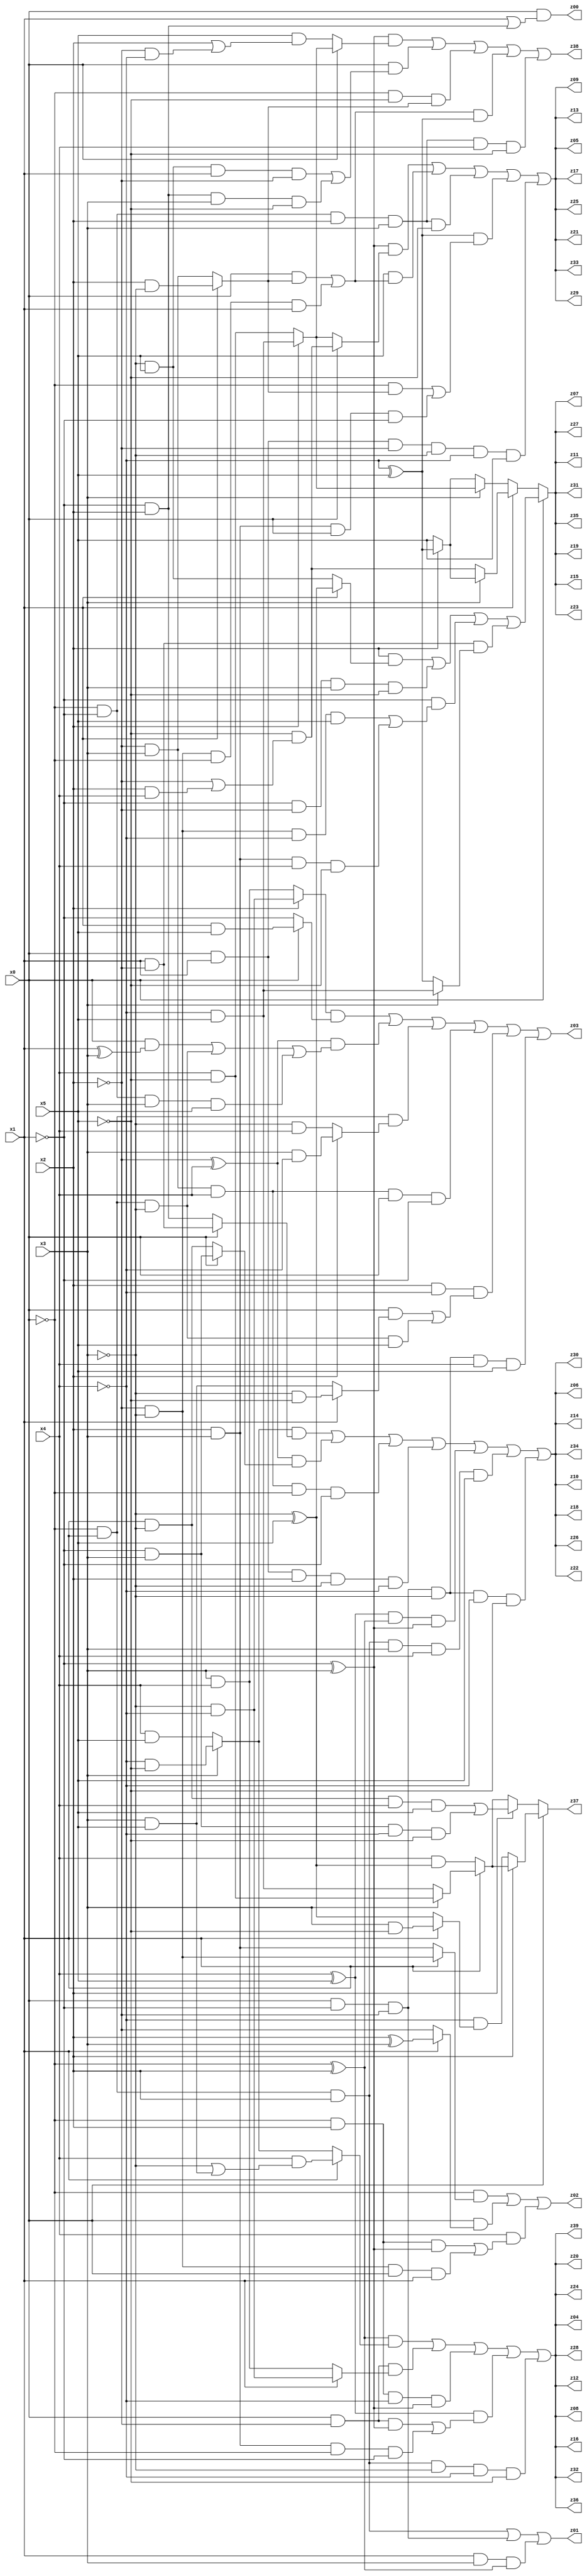
// Benchmark "q_6" written by ABC on Tue Jul 11 01:01:21 2023

module q_6 ( 
    x0, x1, x2, x3, x4, x5,
    z00, z01, z02, z03, z04, z05, z06, z07, z08, z09, z10, z11, z12, z13,
    z14, z15, z16, z17, z18, z19, z20, z21, z22, z23, z24, z25, z26, z27,
    z28, z29, z30, z31, z32, z33, z34, z35, z36, z37, z38, z39  );
  input  x0, x1, x2, x3, x4, x5;
  output z00, z01, z02, z03, z04, z05, z06, z07, z08, z09, z10, z11, z12, z13,
    z14, z15, z16, z17, z18, z19, z20, z21, z22, z23, z24, z25, z26, z27,
    z28, z29, z30, z31, z32, z33, z34, z35, z36, z37, z38, z39;
  assign z00 = x0 & (x1 | (~x1 & x2));
  assign z01 = (~x0 & x1 & x2) | (x0 & ~x1 & ~x2) | (x1 & x3 & (~x0 ^ x2));
  assign z02 = (~x0 & (x1 ? (~x2 & ~x3) : (x2 & x3))) | (x0 & (x1 ? (x2 ^ x3) : ~x2)) | (x4 & ((~x0 & x2 & (~x1 ^ x3)) | (~x2 & ~x3 & x0 & x1)));
  assign z03 = ((x2 ? (~x3 & ~x4) : (x3 & x4)) & (x0 ? (x1 & x5) : ~x1)) | ((~x2 ^ x4) & ((x0 & (x1 ^ x3)) | (~x0 & x1 & ~x3) | (~x0 & ~x1 & x3 & x5))) | (~x0 & x1 & (x2 ? (x3 & ~x4) : (~x3 & x4))) | (~x2 & x3 & x4 & x0 & ~x1) | (x2 & ~x4 & ((x0 & (x1 ? (~x3 & ~x5) : (x3 & x5))) | (~x0 & x1 & ~x3 & x5))) | (x0 & ~x1 & ~x2 & ~x3 & x4 & x5);
  assign z04 = ((~x0 ^ x2) & (x1 ? (x4 & (~x3 | (x3 & x5))) : (x3 ? (~x4 & ~x5) : (x4 & x5)))) | (x0 & ~x2 & (x1 ? (~x3 & ~x4) : (x3 & x4))) | (~x0 & x2 & ~x4 & (~x1 ^ x3)) | ((x4 ^ x5) & ((x0 & ~x2 & (~x1 ^ x3)) | (x2 & x3 & ~x0 & ~x1))) | (~x0 & x1 & x2 & ~x3 & ~x4 & ~x5);
  assign z05 = ((~x1 ^ x3) & (x0 ? (~x5 & (~x2 | (x2 & x4))) : (x2 ? (~x4 & x5) : (x4 & ~x5)))) | (x5 & ((x0 & (x1 ? (x2 & ~x3) : (~x2 & x3))) | (~x2 & ~x3 & ~x0 & x1))) | (~x0 & ~x1 & x2 & x3 & ~x5) | ((~x4 ^ x5) & ((~x0 & (x1 ? (x2 & ~x3) : (~x2 & x3))) | (x2 & x3 & x0 & ~x1))) | (x0 & x1 & ~x2 & ~x3 & ~x4 & x5);
  assign z06 = ((x3 ? (~x4 & ~x5) : (x4 & x5)) & (x0 ? (x1 & ~x2) : (~x1 & x2))) | ((~x2 ^ x4) & (x0 ? (~x1 & x3) : (x1 & ~x3))) | (~x2 & x3 & x4 & ~x0 & ~x1) | (x0 & x1 & x2 & ~x3 & ~x4) | ((x4 ^ x5) & (~x0 ^ x2) & (~x1 ^ x3)) | (~x0 & x1 & x2 & x3 & x4 & x5) | (x0 & ~x1 & ~x2 & ~x3 & ~x4 & ~x5);
  assign z07 = x0 ? ((x2 & (x1 ? (~x3 ^ x5) : (~x3 & x5))) | (~x1 & ~x2 & x3 & ~x5) | (~x1 & ((~x2 & ~x3 & ~x4 & x5) | (x2 & x3 & x4 & ~x5))) | (x1 & ~x2 & (x3 ? (~x4 & x5) : (~x4 ^ x5)))) : (x1 ? (x3 ? (x2 ? (~x4 ^ x5) : x5) : (~x5 & (~x2 | (x2 & x4)))) : (x3 ? (x2 ? (~x4 & x5) : (x4 & ~x5)) : (x2 ? (~x4 ^ x5) : x5)));
  assign z08 = ((~x0 ^ x2) & (x1 ? (x4 & (~x3 | (x3 & x5))) : (x3 ? (~x4 & ~x5) : (x4 & x5)))) | (x0 & ~x2 & (x1 ? (~x3 & ~x4) : (x3 & x4))) | (~x0 & x2 & ~x4 & (~x1 ^ x3)) | ((x4 ^ x5) & ((x0 & ~x2 & (~x1 ^ x3)) | (x2 & x3 & ~x0 & ~x1))) | (~x0 & x1 & x2 & ~x3 & ~x4 & ~x5);
  assign z09 = ((~x1 ^ x3) & (x0 ? (~x5 & (~x2 | (x2 & x4))) : (x2 ? (~x4 & x5) : (x4 & ~x5)))) | (x5 & ((x0 & (x1 ? (x2 & ~x3) : (~x2 & x3))) | (~x2 & ~x3 & ~x0 & x1))) | (~x0 & ~x1 & x2 & x3 & ~x5) | ((~x4 ^ x5) & ((~x0 & (x1 ? (x2 & ~x3) : (~x2 & x3))) | (x2 & x3 & x0 & ~x1))) | (x0 & x1 & ~x2 & ~x3 & ~x4 & x5);
  assign z10 = ((x3 ? (~x4 & ~x5) : (x4 & x5)) & (x0 ? (x1 & ~x2) : (~x1 & x2))) | ((~x2 ^ x4) & (x0 ? (~x1 & x3) : (x1 & ~x3))) | (~x2 & x3 & x4 & ~x0 & ~x1) | (x0 & x1 & x2 & ~x3 & ~x4) | ((x4 ^ x5) & (~x0 ^ x2) & (~x1 ^ x3)) | (~x0 & x1 & x2 & x3 & x4 & x5) | (x0 & ~x1 & ~x2 & ~x3 & ~x4 & ~x5);
  assign z11 = x0 ? ((x2 & (x1 ? (~x3 ^ x5) : (~x3 & x5))) | (~x1 & ~x2 & x3 & ~x5) | (~x1 & ((~x2 & ~x3 & ~x4 & x5) | (x2 & x3 & x4 & ~x5))) | (x1 & ~x2 & (x3 ? (~x4 & x5) : (~x4 ^ x5)))) : (x1 ? (x3 ? (x2 ? (~x4 ^ x5) : x5) : (~x5 & (~x2 | (x2 & x4)))) : (x3 ? (x2 ? (~x4 & x5) : (x4 & ~x5)) : (x2 ? (~x4 ^ x5) : x5)));
  assign z12 = ((~x0 ^ x2) & (x1 ? (x4 & (~x3 | (x3 & x5))) : (x3 ? (~x4 & ~x5) : (x4 & x5)))) | (x0 & ~x2 & (x1 ? (~x3 & ~x4) : (x3 & x4))) | (~x0 & x2 & ~x4 & (~x1 ^ x3)) | ((x4 ^ x5) & ((x0 & ~x2 & (~x1 ^ x3)) | (x2 & x3 & ~x0 & ~x1))) | (~x0 & x1 & x2 & ~x3 & ~x4 & ~x5);
  assign z13 = ((~x1 ^ x3) & (x0 ? (~x5 & (~x2 | (x2 & x4))) : (x2 ? (~x4 & x5) : (x4 & ~x5)))) | (x5 & ((x0 & (x1 ? (x2 & ~x3) : (~x2 & x3))) | (~x2 & ~x3 & ~x0 & x1))) | (~x0 & ~x1 & x2 & x3 & ~x5) | ((~x4 ^ x5) & ((~x0 & (x1 ? (x2 & ~x3) : (~x2 & x3))) | (x2 & x3 & x0 & ~x1))) | (x0 & x1 & ~x2 & ~x3 & ~x4 & x5);
  assign z14 = ((x3 ? (~x4 & ~x5) : (x4 & x5)) & (x0 ? (x1 & ~x2) : (~x1 & x2))) | ((~x2 ^ x4) & (x0 ? (~x1 & x3) : (x1 & ~x3))) | (~x2 & x3 & x4 & ~x0 & ~x1) | (x0 & x1 & x2 & ~x3 & ~x4) | ((x4 ^ x5) & (~x0 ^ x2) & (~x1 ^ x3)) | (~x0 & x1 & x2 & x3 & x4 & x5) | (x0 & ~x1 & ~x2 & ~x3 & ~x4 & ~x5);
  assign z15 = x0 ? ((x2 & (x1 ? (~x3 ^ x5) : (~x3 & x5))) | (~x1 & ~x2 & x3 & ~x5) | (~x1 & ((~x2 & ~x3 & ~x4 & x5) | (x2 & x3 & x4 & ~x5))) | (x1 & ~x2 & (x3 ? (~x4 & x5) : (~x4 ^ x5)))) : (x1 ? (x3 ? (x2 ? (~x4 ^ x5) : x5) : (~x5 & (~x2 | (x2 & x4)))) : (x3 ? (x2 ? (~x4 & x5) : (x4 & ~x5)) : (x2 ? (~x4 ^ x5) : x5)));
  assign z16 = ((~x0 ^ x2) & (x1 ? (x4 & (~x3 | (x3 & x5))) : (x3 ? (~x4 & ~x5) : (x4 & x5)))) | (x0 & ~x2 & (x1 ? (~x3 & ~x4) : (x3 & x4))) | (~x0 & x2 & ~x4 & (~x1 ^ x3)) | ((x4 ^ x5) & ((x0 & ~x2 & (~x1 ^ x3)) | (x2 & x3 & ~x0 & ~x1))) | (~x0 & x1 & x2 & ~x3 & ~x4 & ~x5);
  assign z17 = ((~x1 ^ x3) & (x0 ? (~x5 & (~x2 | (x2 & x4))) : (x2 ? (~x4 & x5) : (x4 & ~x5)))) | (x5 & ((x0 & (x1 ? (x2 & ~x3) : (~x2 & x3))) | (~x2 & ~x3 & ~x0 & x1))) | (~x0 & ~x1 & x2 & x3 & ~x5) | ((~x4 ^ x5) & ((~x0 & (x1 ? (x2 & ~x3) : (~x2 & x3))) | (x2 & x3 & x0 & ~x1))) | (x0 & x1 & ~x2 & ~x3 & ~x4 & x5);
  assign z18 = ((x3 ? (~x4 & ~x5) : (x4 & x5)) & (x0 ? (x1 & ~x2) : (~x1 & x2))) | ((~x2 ^ x4) & (x0 ? (~x1 & x3) : (x1 & ~x3))) | (~x2 & x3 & x4 & ~x0 & ~x1) | (x0 & x1 & x2 & ~x3 & ~x4) | ((x4 ^ x5) & (~x0 ^ x2) & (~x1 ^ x3)) | (~x0 & x1 & x2 & x3 & x4 & x5) | (x0 & ~x1 & ~x2 & ~x3 & ~x4 & ~x5);
  assign z19 = x0 ? ((x2 & (x1 ? (~x3 ^ x5) : (~x3 & x5))) | (~x1 & ~x2 & x3 & ~x5) | (~x1 & ((~x2 & ~x3 & ~x4 & x5) | (x2 & x3 & x4 & ~x5))) | (x1 & ~x2 & (x3 ? (~x4 & x5) : (~x4 ^ x5)))) : (x1 ? (x3 ? (x2 ? (~x4 ^ x5) : x5) : (~x5 & (~x2 | (x2 & x4)))) : (x3 ? (x2 ? (~x4 & x5) : (x4 & ~x5)) : (x2 ? (~x4 ^ x5) : x5)));
  assign z20 = ((~x0 ^ x2) & (x1 ? (x4 & (~x3 | (x3 & x5))) : (x3 ? (~x4 & ~x5) : (x4 & x5)))) | (x0 & ~x2 & (x1 ? (~x3 & ~x4) : (x3 & x4))) | (~x0 & x2 & ~x4 & (~x1 ^ x3)) | ((x4 ^ x5) & ((x0 & ~x2 & (~x1 ^ x3)) | (x2 & x3 & ~x0 & ~x1))) | (~x0 & x1 & x2 & ~x3 & ~x4 & ~x5);
  assign z21 = ((~x1 ^ x3) & (x0 ? (~x5 & (~x2 | (x2 & x4))) : (x2 ? (~x4 & x5) : (x4 & ~x5)))) | (x5 & ((x0 & (x1 ? (x2 & ~x3) : (~x2 & x3))) | (~x2 & ~x3 & ~x0 & x1))) | (~x0 & ~x1 & x2 & x3 & ~x5) | ((~x4 ^ x5) & ((~x0 & (x1 ? (x2 & ~x3) : (~x2 & x3))) | (x2 & x3 & x0 & ~x1))) | (x0 & x1 & ~x2 & ~x3 & ~x4 & x5);
  assign z22 = ((x3 ? (~x4 & ~x5) : (x4 & x5)) & (x0 ? (x1 & ~x2) : (~x1 & x2))) | ((~x2 ^ x4) & (x0 ? (~x1 & x3) : (x1 & ~x3))) | (~x2 & x3 & x4 & ~x0 & ~x1) | (x0 & x1 & x2 & ~x3 & ~x4) | ((x4 ^ x5) & (~x0 ^ x2) & (~x1 ^ x3)) | (~x0 & x1 & x2 & x3 & x4 & x5) | (x0 & ~x1 & ~x2 & ~x3 & ~x4 & ~x5);
  assign z23 = x0 ? ((x2 & (x1 ? (~x3 ^ x5) : (~x3 & x5))) | (~x1 & ~x2 & x3 & ~x5) | (~x1 & ((~x2 & ~x3 & ~x4 & x5) | (x2 & x3 & x4 & ~x5))) | (x1 & ~x2 & (x3 ? (~x4 & x5) : (~x4 ^ x5)))) : (x1 ? (x3 ? (x2 ? (~x4 ^ x5) : x5) : (~x5 & (~x2 | (x2 & x4)))) : (x3 ? (x2 ? (~x4 & x5) : (x4 & ~x5)) : (x2 ? (~x4 ^ x5) : x5)));
  assign z24 = ((~x0 ^ x2) & (x1 ? (x4 & (~x3 | (x3 & x5))) : (x3 ? (~x4 & ~x5) : (x4 & x5)))) | (x0 & ~x2 & (x1 ? (~x3 & ~x4) : (x3 & x4))) | (~x0 & x2 & ~x4 & (~x1 ^ x3)) | ((x4 ^ x5) & ((x0 & ~x2 & (~x1 ^ x3)) | (x2 & x3 & ~x0 & ~x1))) | (~x0 & x1 & x2 & ~x3 & ~x4 & ~x5);
  assign z25 = ((~x1 ^ x3) & (x0 ? (~x5 & (~x2 | (x2 & x4))) : (x2 ? (~x4 & x5) : (x4 & ~x5)))) | (x5 & ((x0 & (x1 ? (x2 & ~x3) : (~x2 & x3))) | (~x2 & ~x3 & ~x0 & x1))) | (~x0 & ~x1 & x2 & x3 & ~x5) | ((~x4 ^ x5) & ((~x0 & (x1 ? (x2 & ~x3) : (~x2 & x3))) | (x2 & x3 & x0 & ~x1))) | (x0 & x1 & ~x2 & ~x3 & ~x4 & x5);
  assign z26 = ((x3 ? (~x4 & ~x5) : (x4 & x5)) & (x0 ? (x1 & ~x2) : (~x1 & x2))) | ((~x2 ^ x4) & (x0 ? (~x1 & x3) : (x1 & ~x3))) | (~x2 & x3 & x4 & ~x0 & ~x1) | (x0 & x1 & x2 & ~x3 & ~x4) | ((x4 ^ x5) & (~x0 ^ x2) & (~x1 ^ x3)) | (~x0 & x1 & x2 & x3 & x4 & x5) | (x0 & ~x1 & ~x2 & ~x3 & ~x4 & ~x5);
  assign z27 = x0 ? ((x2 & (x1 ? (~x3 ^ x5) : (~x3 & x5))) | (~x1 & ~x2 & x3 & ~x5) | (~x1 & ((~x2 & ~x3 & ~x4 & x5) | (x2 & x3 & x4 & ~x5))) | (x1 & ~x2 & (x3 ? (~x4 & x5) : (~x4 ^ x5)))) : (x1 ? (x3 ? (x2 ? (~x4 ^ x5) : x5) : (~x5 & (~x2 | (x2 & x4)))) : (x3 ? (x2 ? (~x4 & x5) : (x4 & ~x5)) : (x2 ? (~x4 ^ x5) : x5)));
  assign z28 = ((~x0 ^ x2) & (x1 ? (x4 & (~x3 | (x3 & x5))) : (x3 ? (~x4 & ~x5) : (x4 & x5)))) | (x0 & ~x2 & (x1 ? (~x3 & ~x4) : (x3 & x4))) | (~x0 & x2 & ~x4 & (~x1 ^ x3)) | ((x4 ^ x5) & ((x0 & ~x2 & (~x1 ^ x3)) | (x2 & x3 & ~x0 & ~x1))) | (~x0 & x1 & x2 & ~x3 & ~x4 & ~x5);
  assign z29 = ((~x1 ^ x3) & (x0 ? (~x5 & (~x2 | (x2 & x4))) : (x2 ? (~x4 & x5) : (x4 & ~x5)))) | (x5 & ((x0 & (x1 ? (x2 & ~x3) : (~x2 & x3))) | (~x2 & ~x3 & ~x0 & x1))) | (~x0 & ~x1 & x2 & x3 & ~x5) | ((~x4 ^ x5) & ((~x0 & (x1 ? (x2 & ~x3) : (~x2 & x3))) | (x2 & x3 & x0 & ~x1))) | (x0 & x1 & ~x2 & ~x3 & ~x4 & x5);
  assign z30 = ((x3 ? (~x4 & ~x5) : (x4 & x5)) & (x0 ? (x1 & ~x2) : (~x1 & x2))) | ((~x2 ^ x4) & (x0 ? (~x1 & x3) : (x1 & ~x3))) | (~x2 & x3 & x4 & ~x0 & ~x1) | (x0 & x1 & x2 & ~x3 & ~x4) | ((x4 ^ x5) & (~x0 ^ x2) & (~x1 ^ x3)) | (~x0 & x1 & x2 & x3 & x4 & x5) | (x0 & ~x1 & ~x2 & ~x3 & ~x4 & ~x5);
  assign z31 = x0 ? ((x2 & (x1 ? (~x3 ^ x5) : (~x3 & x5))) | (~x1 & ~x2 & x3 & ~x5) | (~x1 & ((~x2 & ~x3 & ~x4 & x5) | (x2 & x3 & x4 & ~x5))) | (x1 & ~x2 & (x3 ? (~x4 & x5) : (~x4 ^ x5)))) : (x1 ? (x3 ? (x2 ? (~x4 ^ x5) : x5) : (~x5 & (~x2 | (x2 & x4)))) : (x3 ? (x2 ? (~x4 & x5) : (x4 & ~x5)) : (x2 ? (~x4 ^ x5) : x5)));
  assign z32 = ((~x0 ^ x2) & (x1 ? (x4 & (~x3 | (x3 & x5))) : (x3 ? (~x4 & ~x5) : (x4 & x5)))) | (x0 & ~x2 & (x1 ? (~x3 & ~x4) : (x3 & x4))) | (~x0 & x2 & ~x4 & (~x1 ^ x3)) | ((x4 ^ x5) & ((x0 & ~x2 & (~x1 ^ x3)) | (x2 & x3 & ~x0 & ~x1))) | (~x0 & x1 & x2 & ~x3 & ~x4 & ~x5);
  assign z33 = ((~x1 ^ x3) & (x0 ? (~x5 & (~x2 | (x2 & x4))) : (x2 ? (~x4 & x5) : (x4 & ~x5)))) | (x5 & ((x0 & (x1 ? (x2 & ~x3) : (~x2 & x3))) | (~x2 & ~x3 & ~x0 & x1))) | (~x0 & ~x1 & x2 & x3 & ~x5) | ((~x4 ^ x5) & ((~x0 & (x1 ? (x2 & ~x3) : (~x2 & x3))) | (x2 & x3 & x0 & ~x1))) | (x0 & x1 & ~x2 & ~x3 & ~x4 & x5);
  assign z34 = ((x3 ? (~x4 & ~x5) : (x4 & x5)) & (x0 ? (x1 & ~x2) : (~x1 & x2))) | ((~x2 ^ x4) & (x0 ? (~x1 & x3) : (x1 & ~x3))) | (~x2 & x3 & x4 & ~x0 & ~x1) | (x0 & x1 & x2 & ~x3 & ~x4) | ((x4 ^ x5) & (~x0 ^ x2) & (~x1 ^ x3)) | (~x0 & x1 & x2 & x3 & x4 & x5) | (x0 & ~x1 & ~x2 & ~x3 & ~x4 & ~x5);
  assign z35 = x0 ? ((x2 & (x1 ? (~x3 ^ x5) : (~x3 & x5))) | (~x1 & ~x2 & x3 & ~x5) | (~x1 & ((~x2 & ~x3 & ~x4 & x5) | (x2 & x3 & x4 & ~x5))) | (x1 & ~x2 & (x3 ? (~x4 & x5) : (~x4 ^ x5)))) : (x1 ? (x3 ? (x2 ? (~x4 ^ x5) : x5) : (~x5 & (~x2 | (x2 & x4)))) : (x3 ? (x2 ? (~x4 & x5) : (x4 & ~x5)) : (x2 ? (~x4 ^ x5) : x5)));
  assign z36 = ((~x0 ^ x2) & (x1 ? (x4 & (~x3 | (x3 & x5))) : (x3 ? (~x4 & ~x5) : (x4 & x5)))) | (x0 & ~x2 & (x1 ? (~x3 & ~x4) : (x3 & x4))) | (~x0 & x2 & ~x4 & (~x1 ^ x3)) | ((x4 ^ x5) & ((x0 & ~x2 & (~x1 ^ x3)) | (x2 & x3 & ~x0 & ~x1))) | (~x0 & x1 & x2 & ~x3 & ~x4 & ~x5);
  assign z37 = x0 ? (x2 ? (x1 ? (x3 ? (x4 & ~x5) : (~x4 & x5)) : (x4 & (~x3 ^ x5))) : (~x4 & (x1 ? (x3 & ~x5) : (~x3 ^ x5)))) : (x2 ? ((x1 & ~x3 & x4 & x5) | (~x1 & x3 & ~x4 & ~x5)) : (x1 ? (x3 ? (x4 & ~x5) : (~x4 & x5)) : (x4 & (~x3 ^ x5))));
  assign z38 = ((~x1 ^ x3) & (x0 ? (x2 ? (~x4 & x5) : (x4 & ~x5)) : (x5 & (x2 | (~x2 & ~x4))))) | (x0 & ((~x3 & x5 & x1 & ~x2) | (~x1 & x2 & x3 & ~x5))) | (~x0 & ~x5 & (x1 ? (x2 & ~x3) : (~x2 & x3))) | (((x0 & (x1 ? (x2 & ~x3) : (~x2 & x3))) | (~x2 & ~x3 & ~x0 & x1)) & (~x4 ^ x5)) | (~x0 & ~x1 & x2 & x3 & x4 & ~x5);
  assign z39 = ((~x0 ^ x2) & (x1 ? (x4 & (~x3 | (x3 & x5))) : (x3 ? (~x4 & ~x5) : (x4 & x5)))) | (x0 & ~x2 & (x1 ? (~x3 & ~x4) : (x3 & x4))) | (~x0 & x2 & ~x4 & (~x1 ^ x3)) | ((x4 ^ x5) & ((x0 & ~x2 & (~x1 ^ x3)) | (x2 & x3 & ~x0 & ~x1))) | (~x0 & x1 & x2 & ~x3 & ~x4 & ~x5);
endmodule